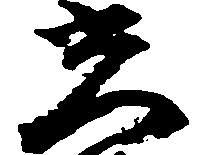
光